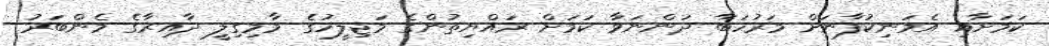
ކަމަށާއި އެމަނިކުފާނަށް މަރުހަބާ ދަންނަވާ ކަމަށް ރައްޔިތުންގެ މަޖިލީހުގެ މާމިގިލީ ދާއިރާގެ މެންބަރު